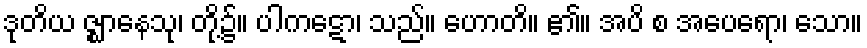
ဒုတိယ ဇ္ဈာနေသု၊ တို့၌။ ပါကဋော၊ သည်။ ဟောတိ။ ၏။ အပိ စ အပေရော၊ သော။